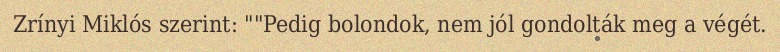
Zrínyi Miklós szerint: ""Pedig bolondok, nem jól gondolták meg a végét.